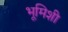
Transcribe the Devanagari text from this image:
भूमिशी